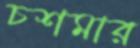
চশমার